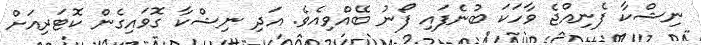
ނިޝްކާ ފެނިއްޖެ ވާހަކަ ބުނެފައި ފޯނު ބޭއްވިއެވެ. އަދި ނިޝްކާ ގޮވައިގެން ކޮޓަރިއަށް